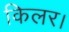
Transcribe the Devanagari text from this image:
किलर।